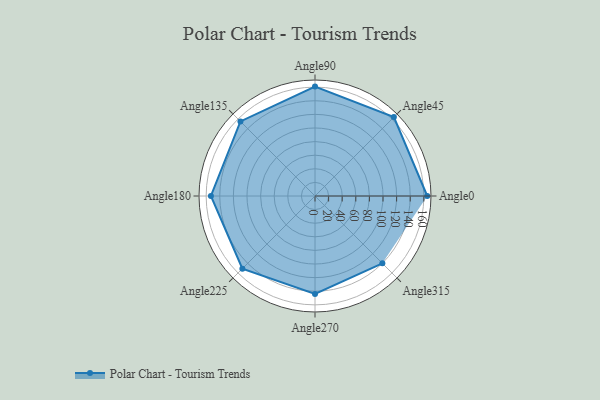
{"axis": {"x": "Angle", "y": "Radius"}, "legend": [""], "data": [{"x": "Angle0", "y": 165.0, "type": ""}, {"x": "Angle45", "y": 164.0, "type": ""}, {"x": "Angle90", "y": 161.0, "type": ""}, {"x": "Angle135", "y": 155.0, "type": ""}, {"x": "Angle180", "y": 153.0, "type": ""}, {"x": "Angle225", "y": 151.0, "type": ""}, {"x": "Angle270", "y": 144.0, "type": ""}, {"x": "Angle315", "y": 140.0, "type": ""}]}